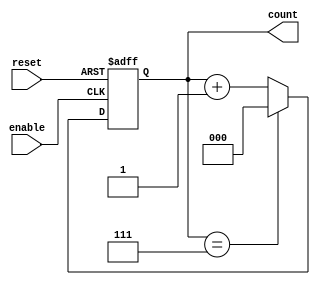
module mod_n_async_counter (
    input wire reset,         // Asynchronous reset
    input wire enable,       // Enable signal
    output reg [2:0] count   // 3-bit output for counting (0 to 7)
);

// Asynchronous reset and counting logic
always @(posedge enable or posedge reset) begin
    if (reset) begin
        count <= 3'b000;     // Reset the counter to 0
    end else begin
        if (count == 3'b111) begin
            count <= 3'b000; // Wrap around to 0 when reaching 7
        end else begin
            count <= count + 1; // Increment the counter
        end
    end
end

endmodule